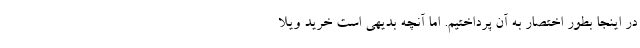
در اینجا بطور اختصار به آن پرداختیم. اما آنچه بدیهی است خرید ویلا